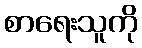
စာရေးသူကို